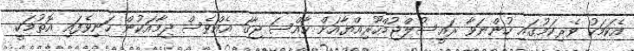
އެކަމަކު ވެރިކަމުގައި ހުންނަވާ ރައީސުލްޖުމްހޫރިއްޔާއަށް ހާއްސަ ޖާގަ އެއްވެސް ދިމާއަކުން ހަނިވެފައި އޮތުމަކީ